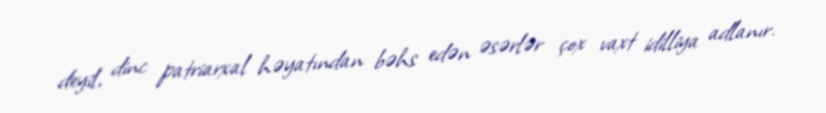
deyil, dinc patriarxal həyatından bəhs edən əsərlər çox vaxt idilliya adlanır.